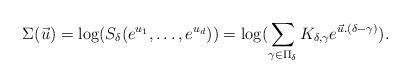
LaTeX: \begin{align*}\Sigma(\vec{u})=\log(S_{\delta}(e^{u_{1}},\dots,e^{u_{d}}))=\log(\sum_{\gamma\in\Pi_{\delta}}K_{\delta,\gamma}e^{\vec{u}.(\delta-\gamma)}).\end{align*}